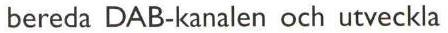
bereda DAB-kanalen och utveckla